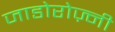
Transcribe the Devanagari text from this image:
जाडोरोज़्नी